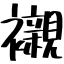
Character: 襯